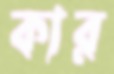
কার